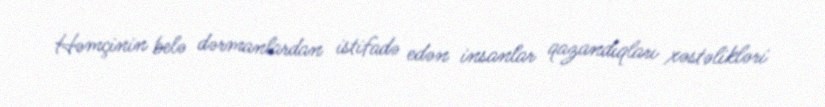
Həmçinin belə dərmanlardan istifadə edən insanlar qazandıqları xəstəlikləri